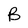
Character: B